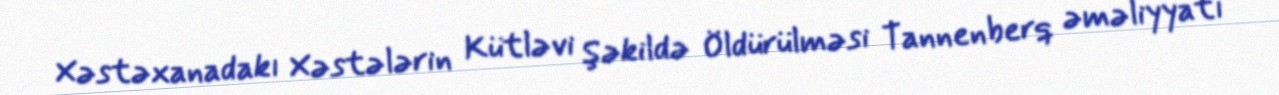
Xəstəxanadakı Xəstələrin Kütləvi Şəkildə Öldürülməsi Tannenberq əməliyyatı